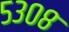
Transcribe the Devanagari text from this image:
५३०८